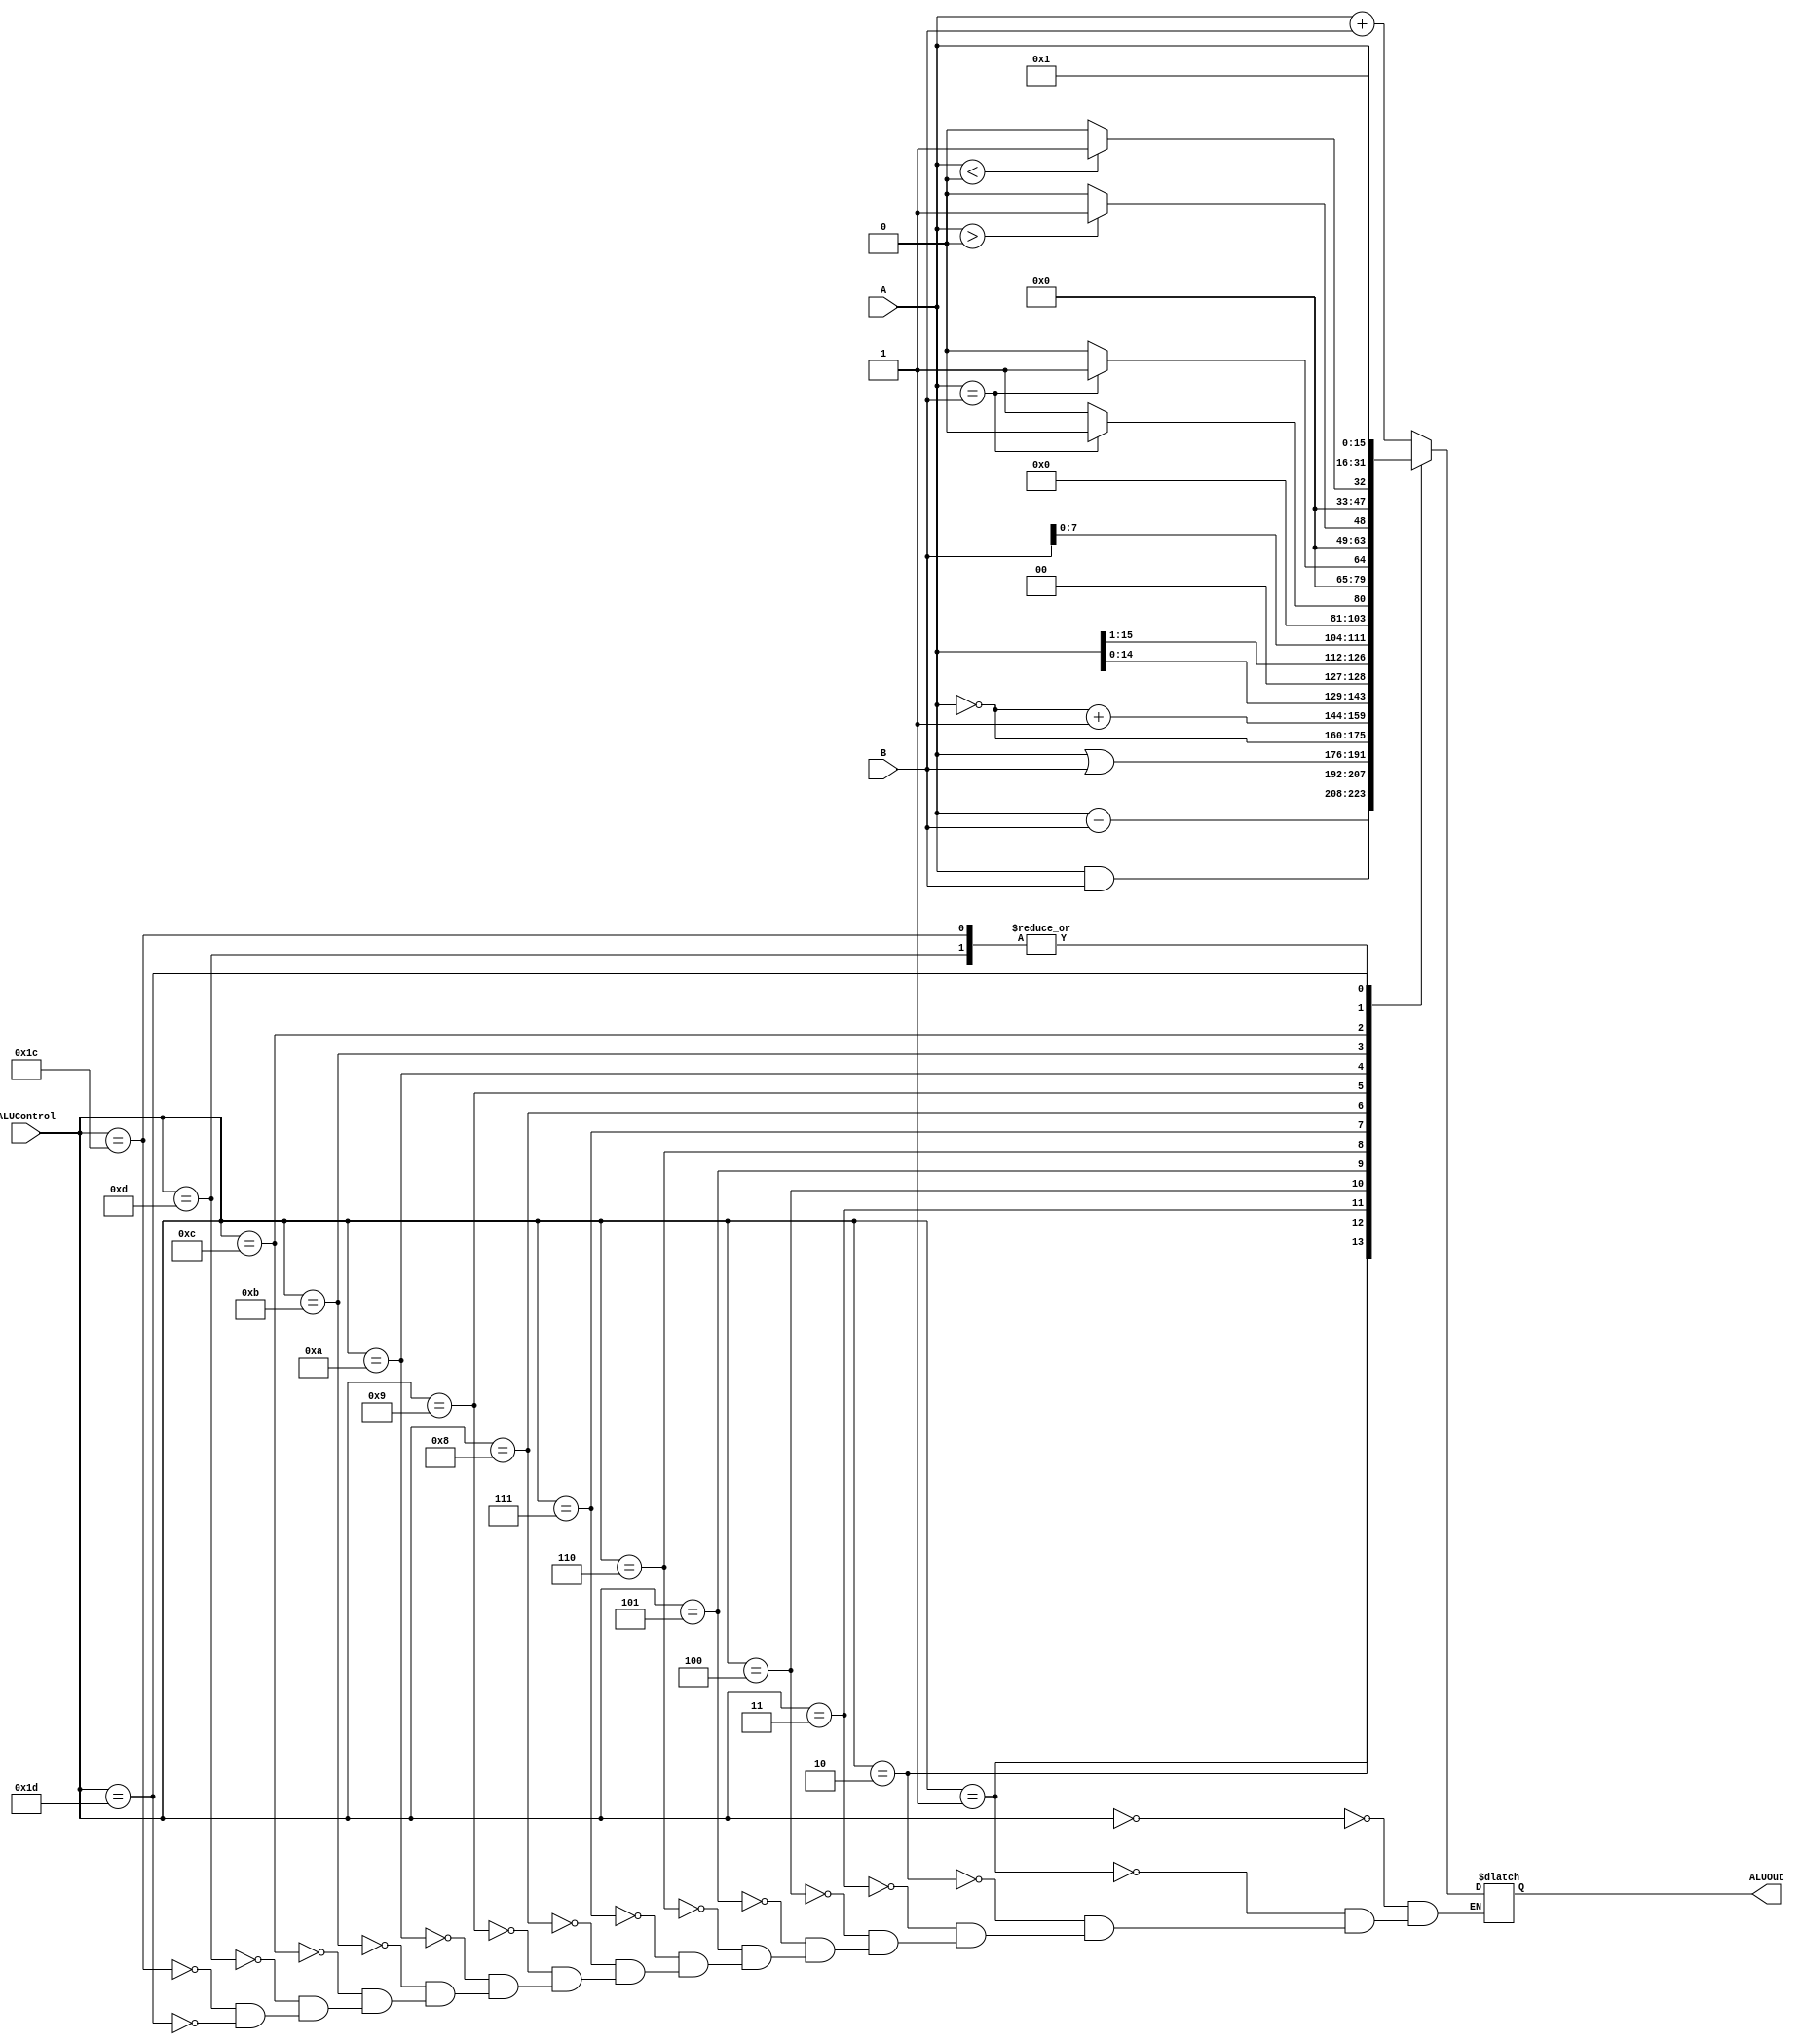
module ALU(A, B, ALUControl, ALUOut);
   input [15:0] A;
   input [15:0] B;
   input [5:0] ALUControl;
   output reg [15:0] ALUOut;                  

   always @(*)
   begin
      case(ALUControl)
        6'd0: // Addition
          ALUOut = A+B; 
        6'd1: // Subtraction
          ALUOut = A-B;
        6'd2: // AND
          ALUOut = A & B;
        6'd3: // OR
          ALUOut = A | B;
        6'd4: // NOT
          ALUOut = ~(A);
        6'd5: // TCP
          ALUOut = ~(A)+1;
        6'd6: // Logical left shift
          ALUOut = A<<1;
        6'd7: // Logical right shift
          ALUOut = A>>1;
        6'd8:
          ALUOut = {B[7:0],8'h00};
        6'd9:
          ALUOut = (A == B) ? 0 : 1;
        6'd10:
          ALUOut = (A == B) ? 1 : 0;
        6'd11:
          ALUOut = ($signed(A) > 0) ? 1 : 0;
        6'd12:
          ALUOut = ($signed(A) < 0) ? 1 : 0;
        6'd13:
          ALUOut = A;
        6'd28:
          ALUOut = A;
        6'd29:
          ALUOut = 1;
      endcase
   end
endmodule